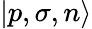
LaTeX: |p,\sigma,n\rangle